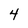
Character: 4